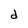
Character: d